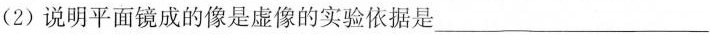
(2)说明平面镜成的像是虚像的实验依据是___